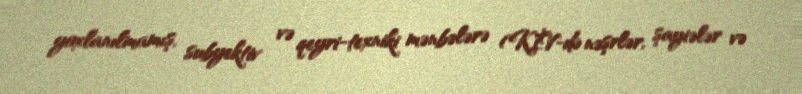
yoxlanılmamış, subyektiv və qeyri-texniki mənbələrə (KİV-də nəşrlər, şayiələr və